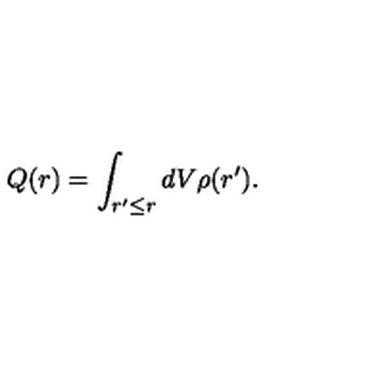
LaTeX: Q ( r ) = \int _ { r ^ { \prime } \leq r } d V \rho ( r ^ { \prime } ) .